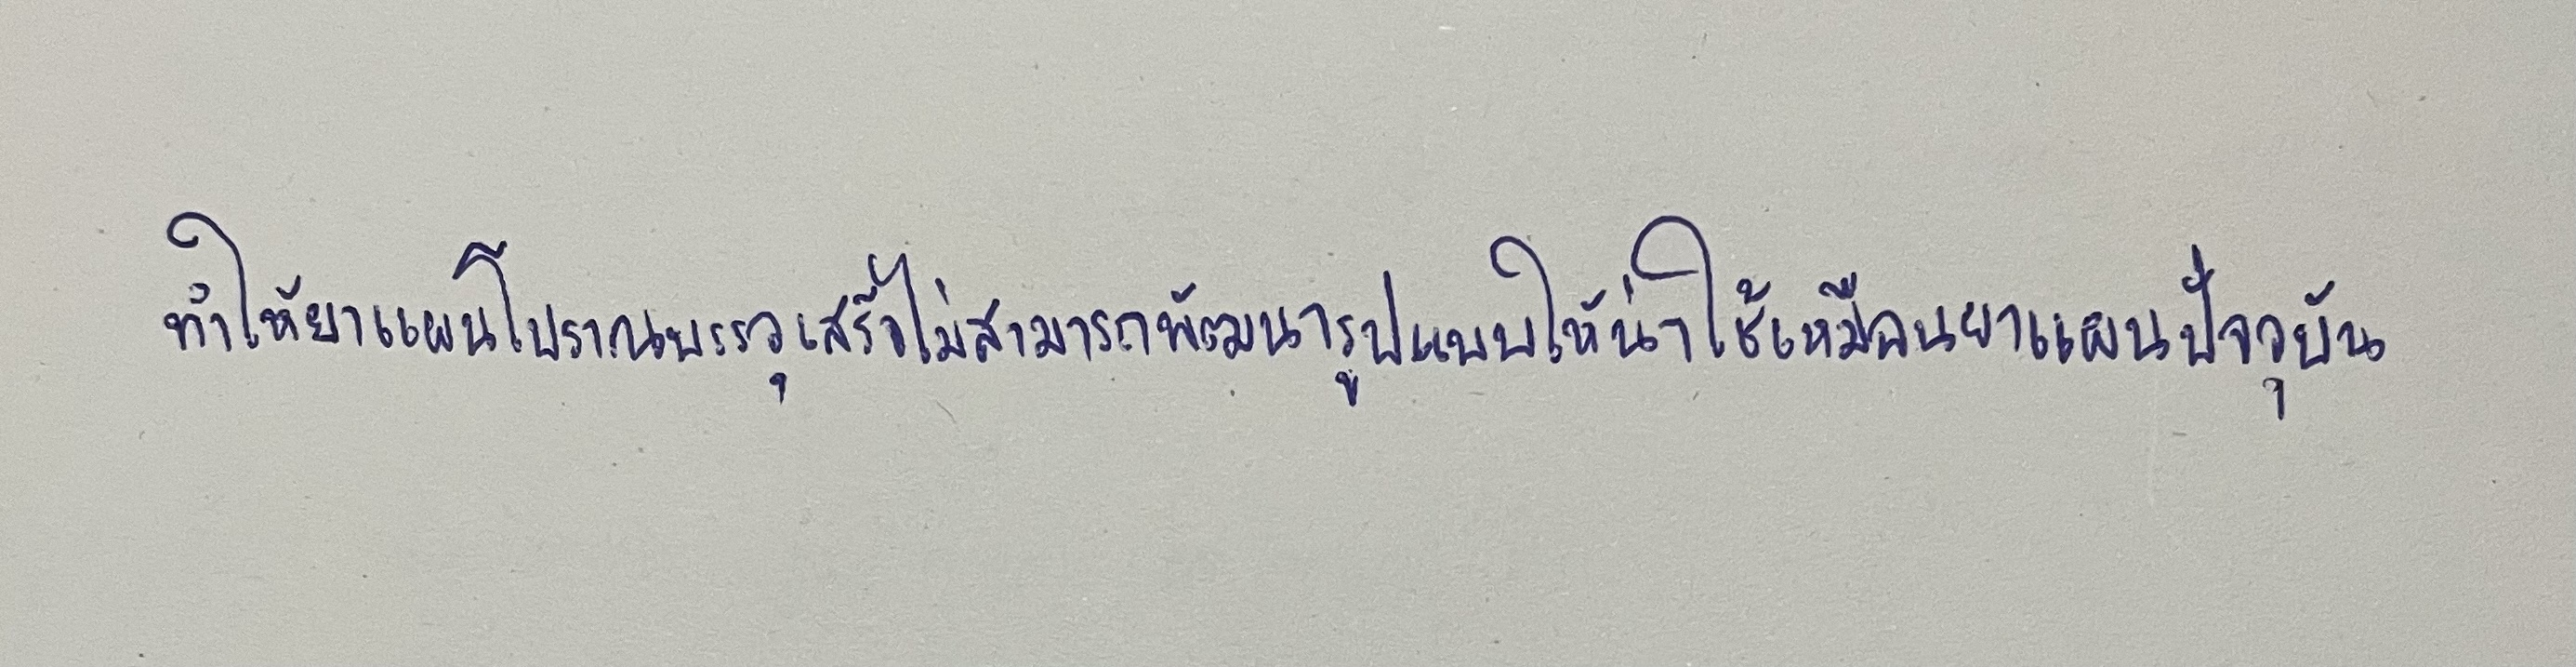
ทำให้ยาแผนโบราณบรรจุเสร็จไม่สามารถพัฒนารูปแบบให้น่าใช้เหมือนยาแผนปัจจุบัน